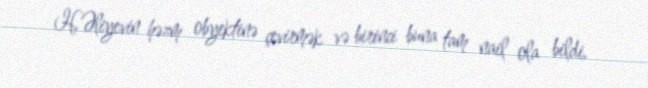
H.Əliyevin həzm obyektinə çevirmək və birinci buna tam nail ola bildi.